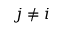
j \neq i